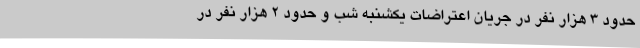
حدود 3 هزار نفر در جریان اعتراضات یکشنبه شب و حدود 2 هزار نفر در